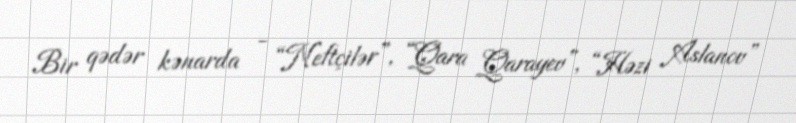
Bir qədər kənarda - “Neftçilər”, “Qara Qarayev”, “Həzi Aslanov”